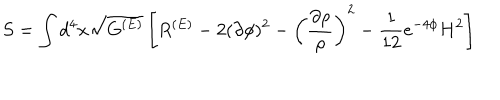
S = \int d ^ { 4 } x \sqrt { G ^ { ( E ) } } \left[ R ^ { ( E ) } - 2 ( \partial \phi ) ^ { 2 } - \left( \frac { \partial \rho } { \rho } \right) ^ { 2 } - \frac { 1 } { 1 2 } e ^ { - 4 \phi } H ^ { 2 } \right]